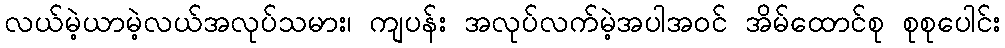
လယ်မဲ့ယာမဲ့လယ်အလုပ်သမား၊ ကျပန်း အလုပ်လက်မဲ့အပါအဝင် အိမ်ထောင်စု စုစုပေါင်း